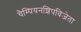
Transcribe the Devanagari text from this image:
चैम्पियनशिपविजेता